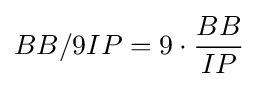
BB/9IP=9\cdot {\frac {BB}{IP}}